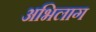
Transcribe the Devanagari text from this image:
अभिलाग